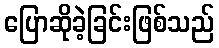
ပြောဆိုခဲ့ခြင်းဖြစ်သည်